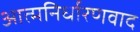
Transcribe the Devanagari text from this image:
आत्मनिर्धारणवाद